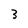
Character: 3